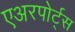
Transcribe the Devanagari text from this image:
एअरपोर्ट्‌स